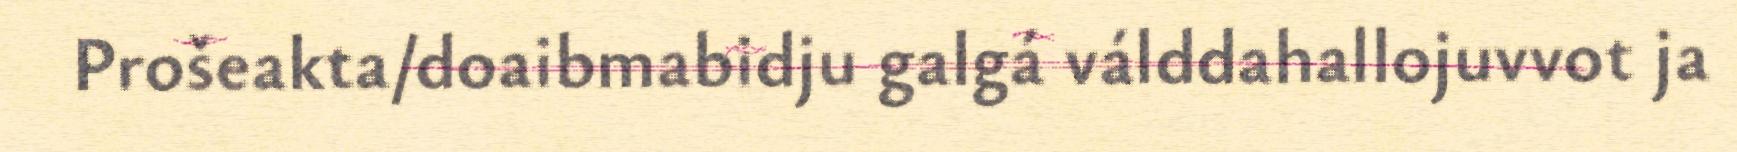
Prošeakta/doaibmabidju galgá válddahallojuvvot ja